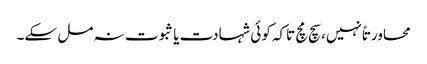
محاورتاً نہیں، سچ مچ تاکہ کوئی شہادت یا ثبوت نہ مل سکے۔